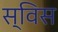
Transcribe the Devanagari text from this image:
स्‍विस